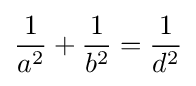
{\frac {1}{a^{2}}}+{\frac {1}{b^{2}}}={\frac {1}{d^{2}}}